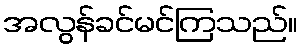
အလွန်ခင်မင်ကြသည်။